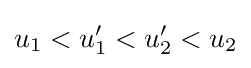
u_{1}<u_{1}'<u_{2}'<u_{2}